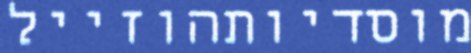
מוסדיותהוזייל